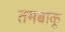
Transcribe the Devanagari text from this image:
तमबाकू